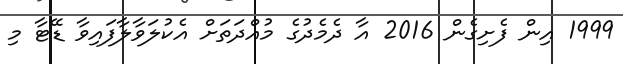
1999 އިން ފެށިގެން 2016 އާ ދެމެދުގެ މުއްދަތަށް އެކުލަވާލާފައިވާ ޑޭޓާ މި